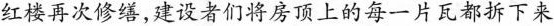
红楼再次修缮，建设者们将房顶上的每一片瓦都拆下来